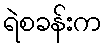
ရဲစခန်းက